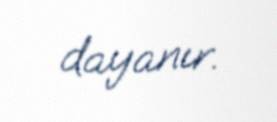
dayanır.